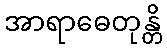
အာရာဓေတုန္တိ